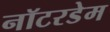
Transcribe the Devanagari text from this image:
नॉटरडेम